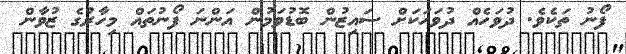
ފޯނު ތަކެވެ. ދުވަހެއް ދުވަހަކަށް ސައިޒުން ބޮޑުވަމުން އަންނަ ފޯނުތައް މިހާރުގެ ޒުވާން